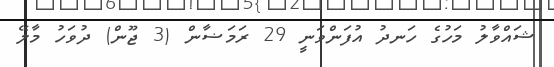
ޝައްވާލު މަހުގެ ހަނދު އުފަންވަނީ 29 ރަމަޟާން (3 ޖޫން) ދުވަހު މާލޭ